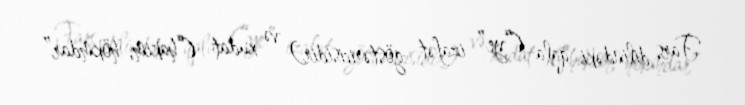
Fars dilindəki qala (“ye” izafət göstəricisidir) və xudat (“hakim, hökmdar”